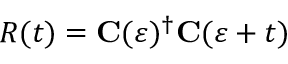
R ( t ) = \mathbf { C } ( \varepsilon ) ^ { \dagger } \mathbf { C } ( \varepsilon + t )